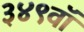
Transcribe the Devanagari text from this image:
३४९वॉ